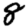
Digit: 8